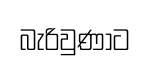
බැරිවුණාට